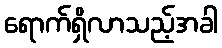
ရောက်ရှိလာသည့်အခါ